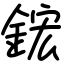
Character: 鋐